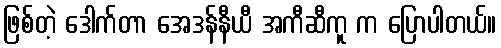
ဖြစ်တဲ့ ဒေါက်တာ အေဒန်နီယီ အကီဆီကူ က ပြောပါတယ်။